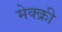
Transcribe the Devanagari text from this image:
मेक्क्री